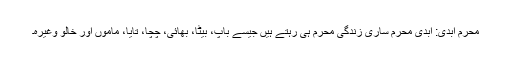
محرم ابدی: ابدی محرم ساری زندگی محرم ہی رہتے ہیں جیسے باپ، بیٹا، بھائی، چچا، تایا، ماموں اور خالو وغیرہ۔